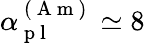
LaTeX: \alpha_{\mathrm{~p~l~}}^{\mathrm{~(~A~m~)~}}\simeq 8